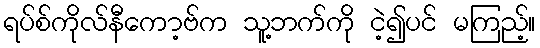
ရပ်စ်ကိုလ်နီကော့ဗ်က သူ့ဘက်ကို ငဲ့၍ပင် မကြည့်။